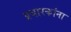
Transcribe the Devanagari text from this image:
प्रचारकांना